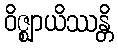
ဝိဇ္ဈာယိဿန္တိ